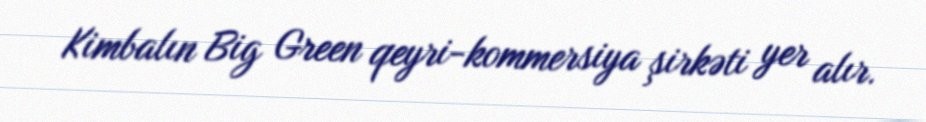
Kimbalın Big Green qeyri-kommersiya şirkəti yer alır.